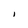
Character: i